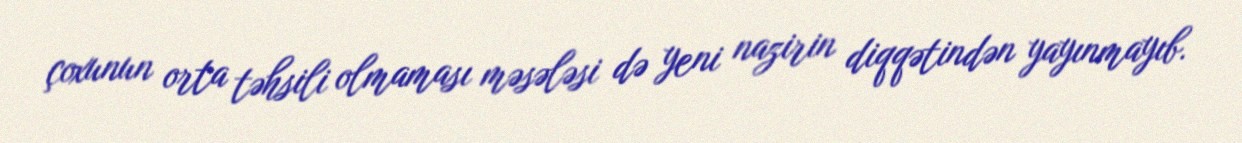
çoxunun orta təhsili olmaması məsələsi də yeni nazirin diqqətindən yayınmayıb.